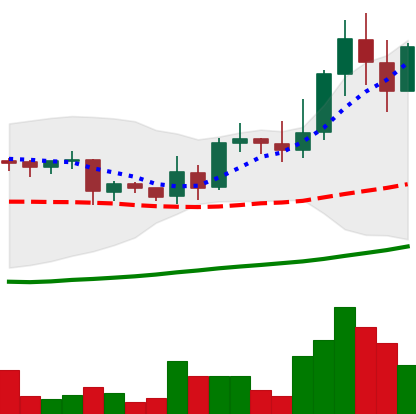
Ticker: LINK-USD
Chart end date: 2019-04-05
Forward return: -9.907%
Label: down_7plus